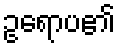
ဥရောပ၏